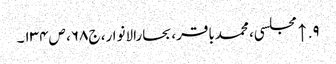
۹. ↑ مجلسی، محمدباقر، بحارالانوار، ج۶۸، ص۱۳۴۔